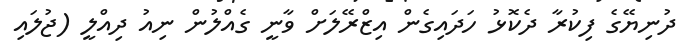
ދުނިޔޭގެ ފިކުރާ ދެކޮޅު ހަދައިގެން އިޒްރޭލަށް ވާނީ ގެއްލުން ނިއު ދިއްލީ (ޖުލައި